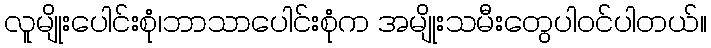
လူမျိုးပေါင်းစုံ၊ဘာသာပေါင်းစုံက အမျိုးသမီးတွေပါဝင်ပါတယ်။